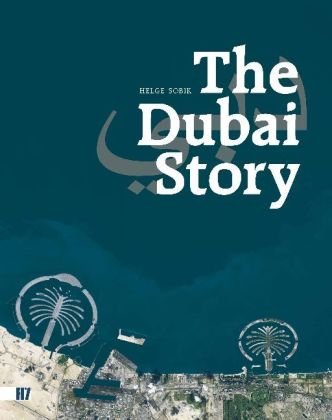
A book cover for The Dubai Story; Helge Sobik; History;